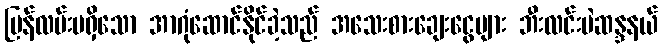
ပြန်လမ်းမရှိသော အာဂုံဆောင်နိုင်ခဲ့သည် အသေးစားချေးငွေများ ဘီးလင်းမဲဆန္ဒနယ်